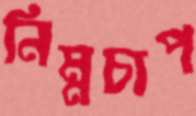
নিম্নচাপ